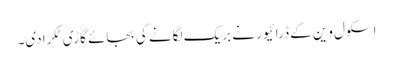
اسکول وین کے ڈرائیور نے بریک لگانے کی بجائے گاڑی ٹکرادی۔